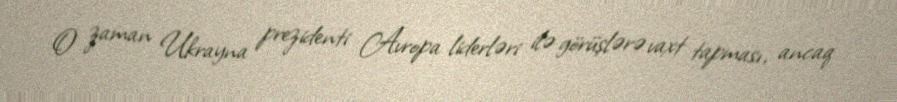
O zaman Ukrayna prezidenti Avropa liderləri ilə görüşlərə vaxt tapması, ancaq